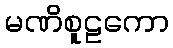
မဏိစူဠကော